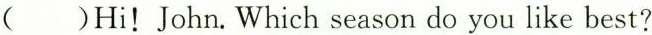
( )Hi!John.Which season do you like best?